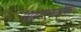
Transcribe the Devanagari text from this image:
नाइटलाईफ